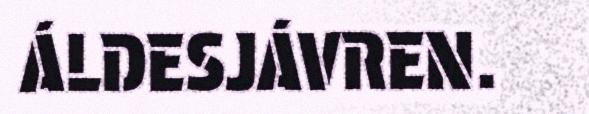
ÁLDESJÁVREN.